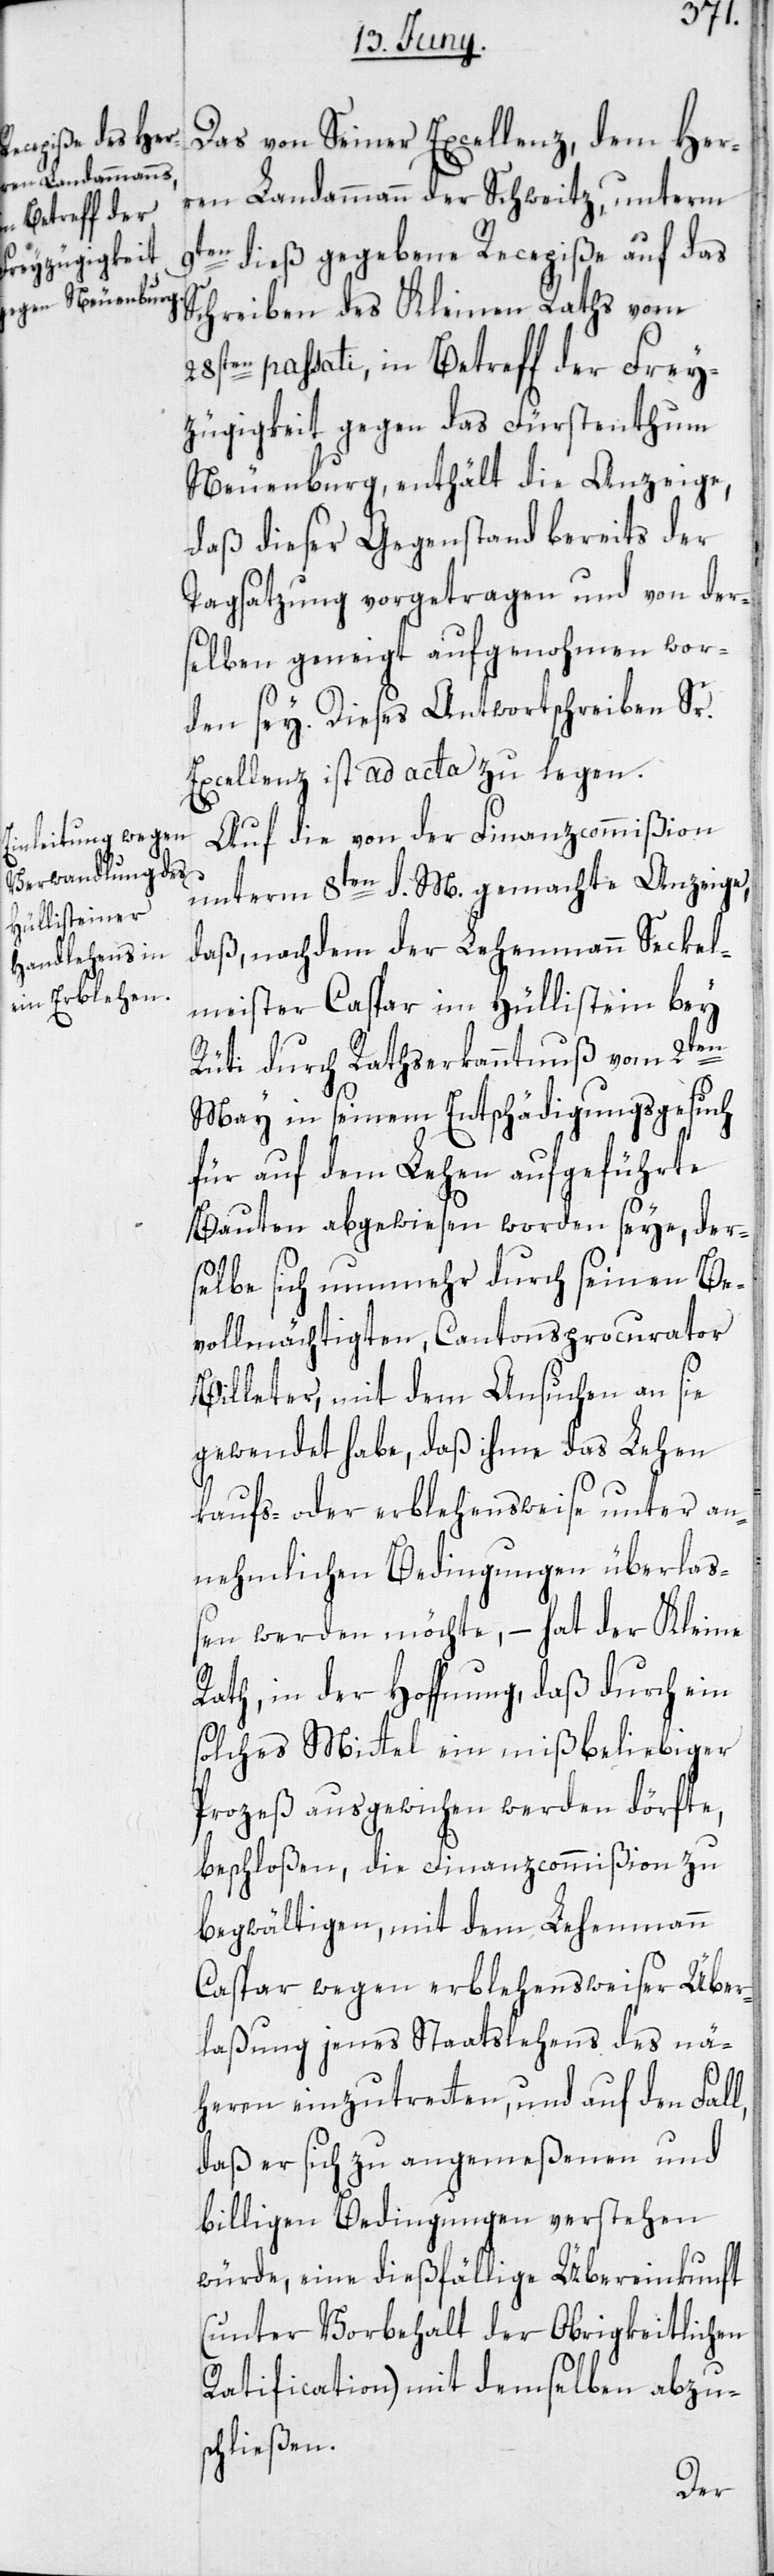
Das von Seiner Excellenz, dem Her¬
ren Landammann der Schweitz, unterm
9ten dieß gegebene Recepiße auf das
Schreiben des Kleinen Raths vom
28sten passati, in Betreff der Frey¬
zügigkeit gegen das Fürstenthum
Neuenburg, enthält die Anzeige,
daß dieser Gegenstand bereits der
Tagsatzung vorgetragen und von der¬
selben geneigt aufgenohmen wor¬
den sey. Dieses Antwortschreiben Sr.
Excellenz ist ad acta zu legen.
Auf die von der Finanzcommißion
unterm 8ten d. M. gemachte Anzeige,
daß, nachdem der Lehenmann Seckel¬
meister Caspar im Hüllistein bey
Rüti durch Rathserkanntnuß vom 2ten
May in seinem Entschädigungsgesuch
für auf dem Lehen aufgeführte
Bauten abgewiesen worden seye, der¬
selbe sich nunmehr durch seinen Be¬
vollmächtigten, Cantonsprocurator
Billeter, mit dem Ansuchen an sie
gewendet habe, daß ihme das Lehen
kaufs- oder erblehensweise unter an¬
nehmlichen Bedingungen überlas¬
sen werden möchte, – hat der Kleine
Rath, in der Hoffnung, daß durch ein
solches Mittel ein mißbeliebiger
Prozeß ausgewichen werden dörfte,
beschloßen, die Finanzcommißion zu
begwältigen, mit dem Lehenmann
Caspar wegen erblehensweiser Über¬
laßung jenes Staatslehens des nä¬
heren einzutretten, und auf den Fall,
daß er sich zu angemeßenen und
billigen Bedingungen verstehen
würde, eine dießfällige Übereinkunft
(unter Vorbehalt der Obrigkeitlichen
Ratification) mit demselben abzu¬
schließen.